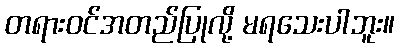
တရားဝင်အတည်ပြုလို့ မရသေးပါဘူး။